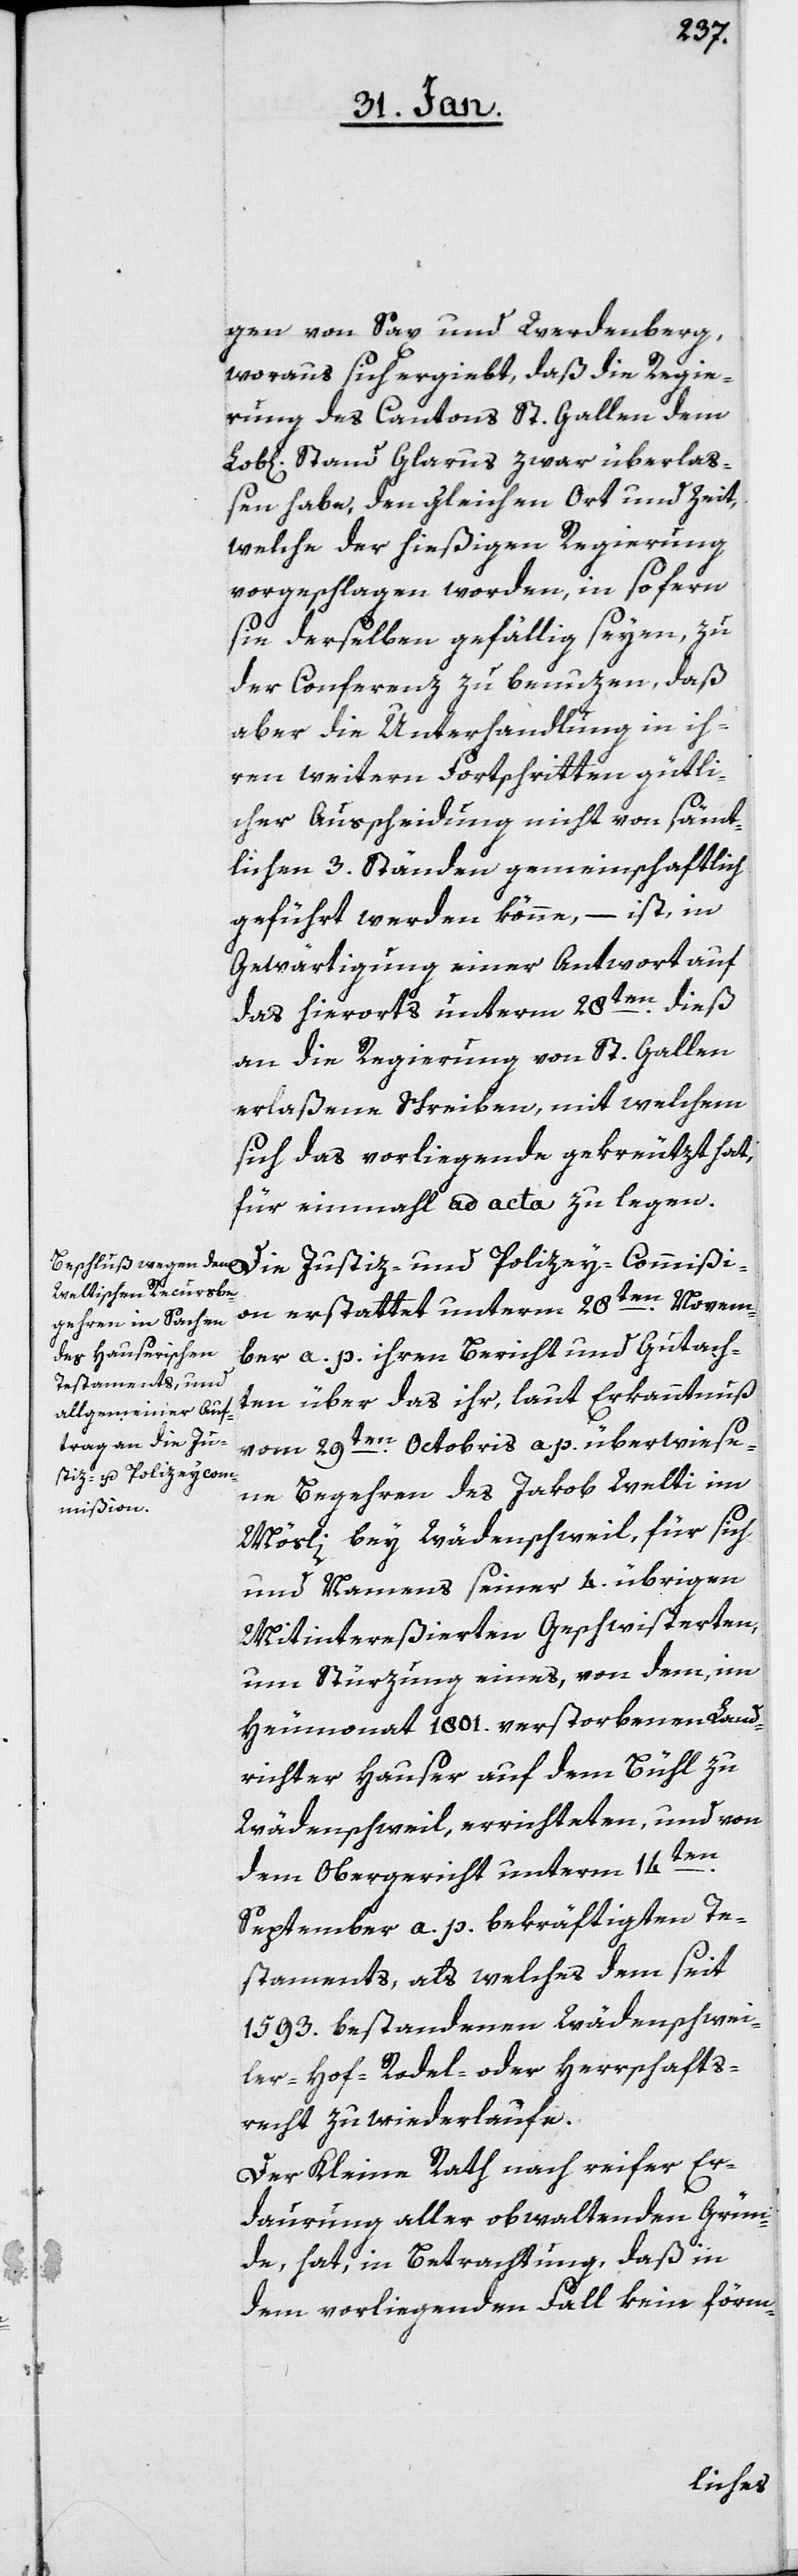
gen von Sax und Werdenberg,
woraus sich ergiebt, daß die Regie¬
rung des Cantons St. Gallen dem
Lob[lichen] Stand Glarus zwar überlaß¬
en habe, den gleichen Ort und Zeit,
welche der hießigen Regierung
vorgeschlagen worden, in sofern
sie derselben gefällig seyen, zu
der Conferenz zu benuzen, daß
aber die Unterhandlung in ih¬
ren weitern Fortschritten gütli¬
cher Ausscheidung nicht von sämt¬
lichen 3. Ständen gemeinschaftlich
geführt werden könne, – ist, in
Gewärtigung einer Antwort auf
das hierorts unterm 28sten. dieß
an die Regierung von St. Gallen
erlaßene Schreiben, mit welchem
sich das vorliegende gekreutzt hat,
für einmahl ad acta zu legen.
ion erstattet unterm 28ten. Novem¬
ber a. p. ihren Bericht und Gutach¬
ten über das ihr, laut Erkanntnuß
vom 29ten. Octobris a. p. überwiese¬
Justiz- und Polizey-Commiß¬
ne Begehren des Jakob Welti im
Mösli bey Wädenschweil, für sich
und Namens seiner 4. übrigen
Mitintereßierten Geschwisterten,
um Stürzung eines, von dem, im
Heumonat 1801. verstorbenen Land¬
richter Hauser auf dem Bühl zu
Wädenschweil errichteten, und von
dem Obergericht unterm 14ten.
September a. p. bekräftigten Te¬
staments, als welches dem seit
1593. bestandenen Wädenschwei¬
ler-Hof-Rodel- oder Herrschafts¬
recht zuwiederlaufe.
Der Kleine Rath nach reifer Er¬
daurung aller obwaltenden Grün¬
de, hat in Betrachtung, daß in
dem vorliegenden Fall kein förm-